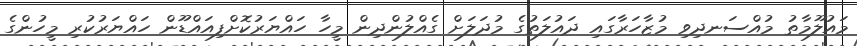
މައުލޫމާތު މުއްސަނދިވި މުޒާހަރާގައި ދައުލަތުގެ މުދަލަށް ގެއްލުންދިން މީހާ ހައްޔަރުކޮށްފިއައްޑޫން ހައްޔަރުކުރި މީހުންގެ